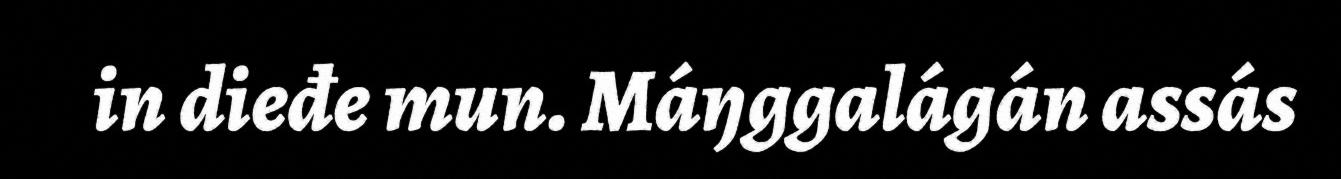
in dieđe mun. Máŋggalágán assás